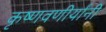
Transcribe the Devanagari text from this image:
कृष्णवणीर्यांनी